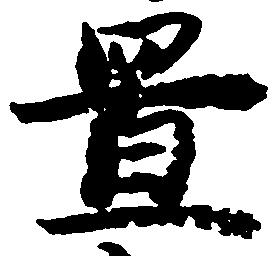
庄